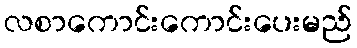
လစာကောင်းကောင်းပေးမည်